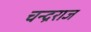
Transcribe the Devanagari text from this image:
चन्द्रराज